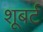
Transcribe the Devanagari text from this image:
शूबर्ट